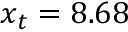
x _ { t } = 8 . 6 8